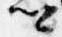
卿